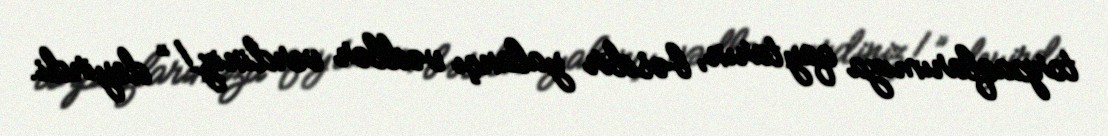
torpaqlarımıza qaytarın, bəsdir yalançı vədlər verdiniz!” deyirdi.